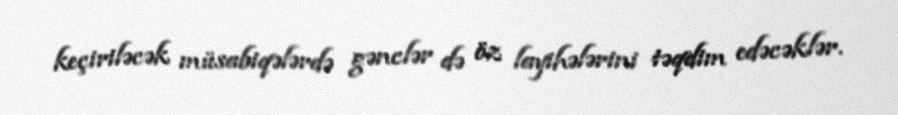
keçiriləcək müsabiqələrdə gənclər də öz layihələrini təqdim edəcəklər.